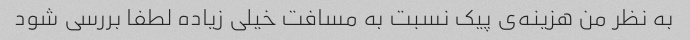
به نظر من هزینه‌ی پیک نسبت به مسافت خیلی زیاده لطفا بررسی شود